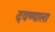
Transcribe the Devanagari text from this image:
दवण्याला